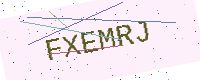
Text: FXEMRJ